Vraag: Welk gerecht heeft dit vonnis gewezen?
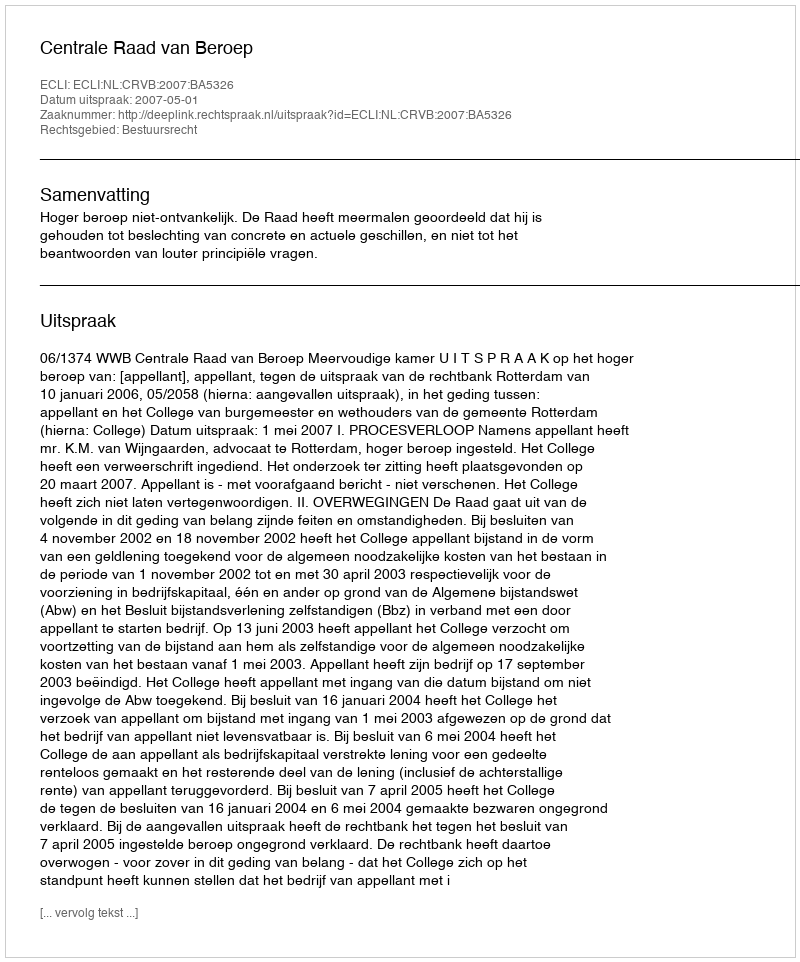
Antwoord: Centrale Raad van Beroep